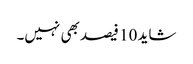
شاید 10 فیصد بھی نہیں۔